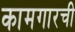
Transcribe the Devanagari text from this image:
कामगारची